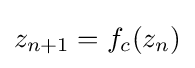
z_{n+1}=f_{c}(z_{n})